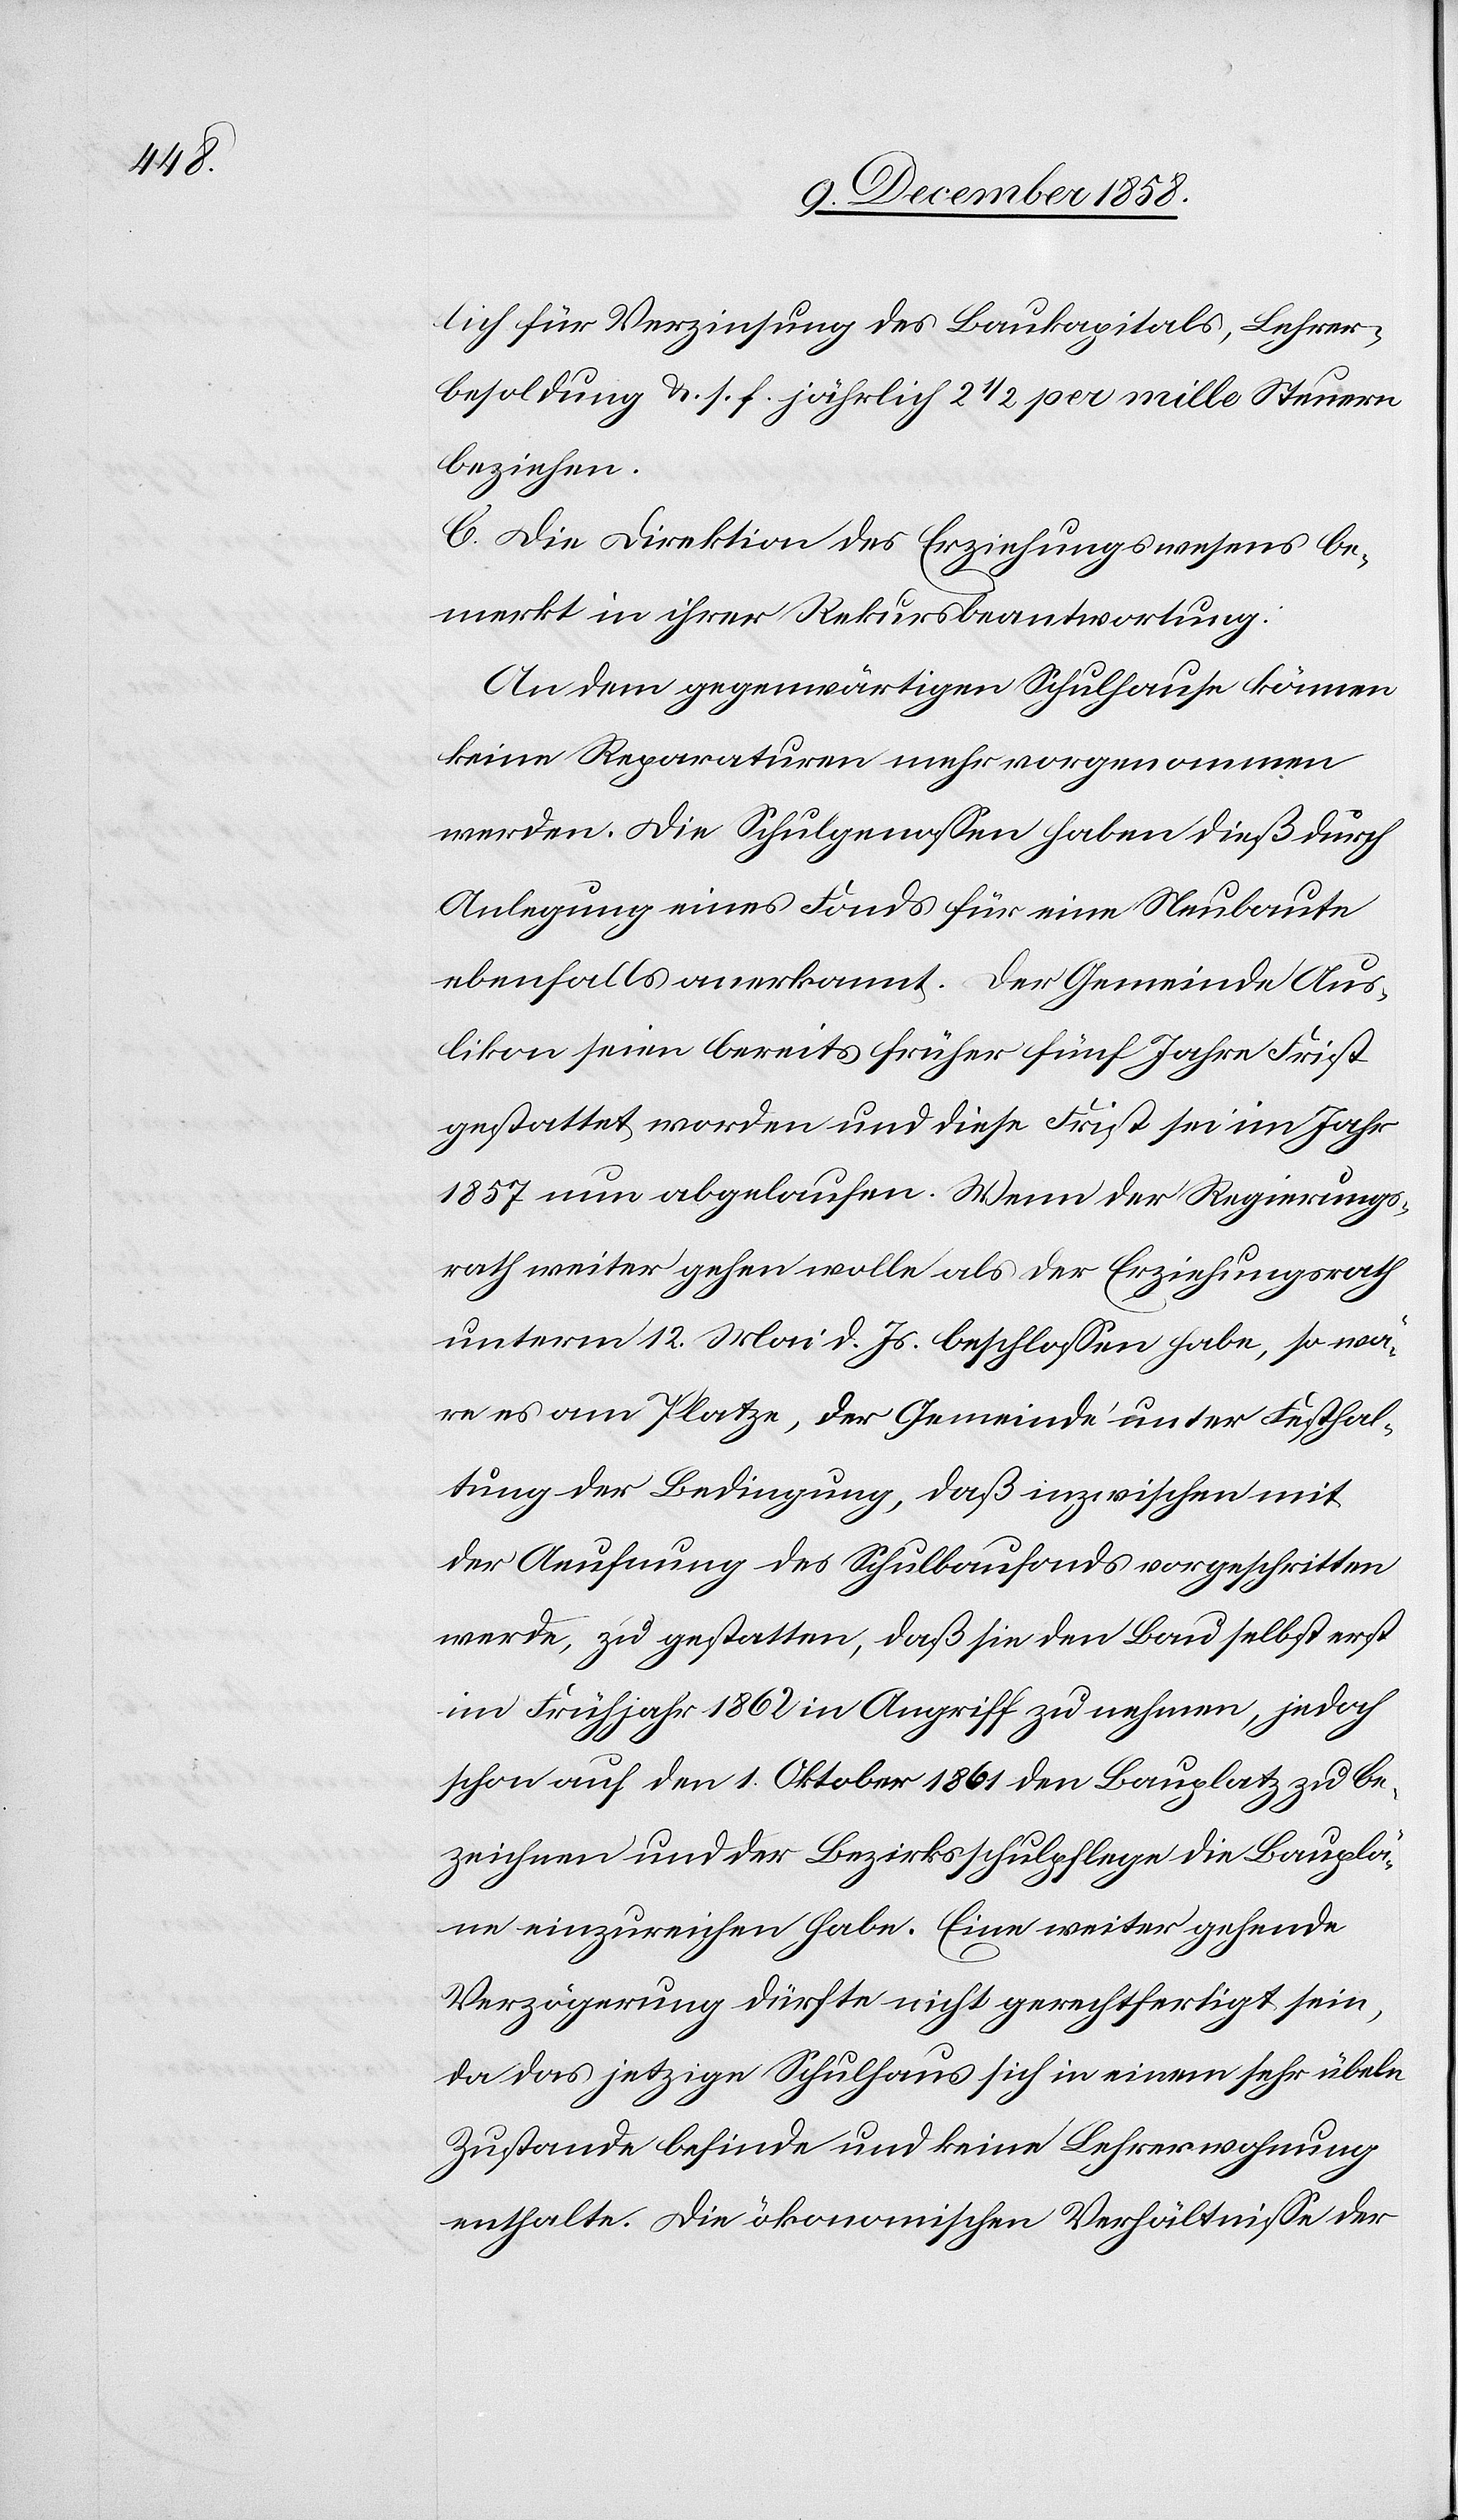
lich für Verzinsung des Baukapitals, Lehrer¬
besoldung &. s. f. jährlich 2 1/2 per mille Steuern
beziehen.
C. Die Direktion des Erziehungswesens be¬
merkt in ihrer Rekursbeantwortung:
An dem gegenwärtigen Schulhause können
keine Reparaturen mehr vorgenommen
werden. Die Schulgenossen haben dieß durch
Anlegung eines Fonds für eine Neubaute
ebenfalls anerkannt. Der Gemeinde Aus¬
likon seien bereits früher fünf Jahre Frist
gestattet worden und diese Frist sei im Jahr
1857 nun abgelaufen. Wenn der Regierungs¬
rath weiter gehen wolle als der Erziehungsrath
unterm 12. Mai d. Js. beschlossen habe, so wä¬
re es am Platze, der Gemeinde unter Festhal¬
tung der Bedingung, daß inzwischen mit
der Aeufnung des Schulbaufonds vorgeschritten
werde, zu gestatten, daß sie den Bau selbst erst
im Frühjahr 1862 in Angriff zu nehmen, jedoch
schon auf den 1. Oktober 1861 den Bauplatz zu be¬
zeichnen und der Bezirksschulpflege die Bauplä¬
ne einzureichen habe. Eine weiter gehende
Verzögerung dürfte nicht gerechtfertigt sein,
da das jetzige Schulhaus sich in einem sehr übeln
Zustande befinde und keine Lehrerwohnung
enthalte. Die ökonomischen Verhältnisse der